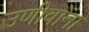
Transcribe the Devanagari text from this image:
उणीवांना